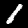
Label: 1